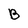
Character: B